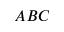
A B C